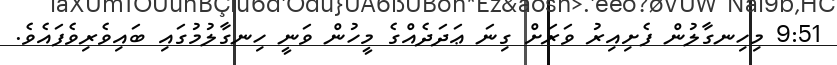
9:51 މިހިނގާލުން ފެށިއިރު ވަރަށް ގިނަ ޢަދަދެއްގެ މީހުން ވަނީ ހިނގާލުމުގައި ބައިވެރިވެފައެވެ.